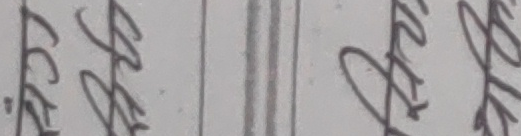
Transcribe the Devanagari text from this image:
६६११